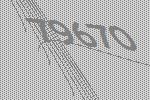
79670